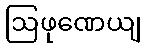
ဩဖုဏေယျ